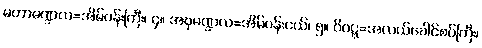
မဟာမဏ္ဍလ=အိမ်ဝန်းကြီး၊ ၄။ အဍ္ဎမဏ္ဍလ=အိမ်ဝန်းငယ်၊ ၅။ ဝိဝဋ္ဋ=အလယ်ခေါင်စပ်ကြီး၊